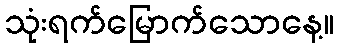
သုံးရက်မြောက်သောနေ့။